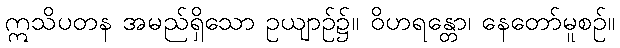
ဣသိပတန အမည်ရှိသော ဥယျာဉ်၌။ ဝိဟရန္တော၊ နေတော်မူစဉ်။